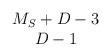
\begin{align*}\begin{array}{c} M_S+D-3 \\ D-1 \end{array}\end{align*}